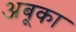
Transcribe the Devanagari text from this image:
अबूका